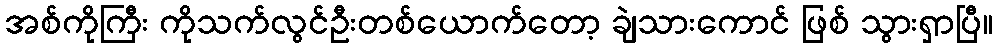
အစ်ကိုကြီး ကိုသက်လွင်ဦးတစ်ယောက်တော့ ချဲသားကောင် ဖြစ် သွားရှာပြီ။